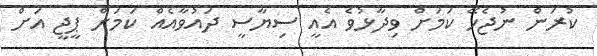
ކުރަން ނުޖެހޭ ކަމަށް ވިދާޅުވެ އެއީ ސިޔާސީ ދައުވާއެއް ކަމަށް ޕީޖީ އަށް